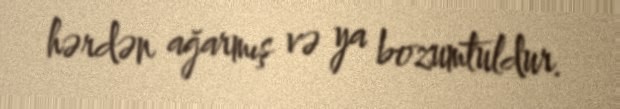
hərdən ağarmış və ya bozumtuldur.